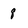
Character: 8